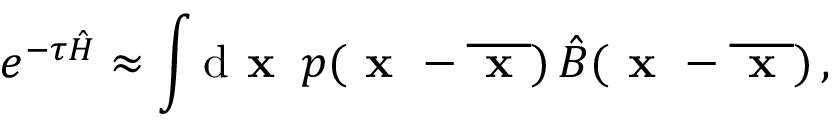
e ^ { - \tau \hat { H } } \approx \int \mathrm { d } \textbf { x } \, p ( \textbf { x } - \overline { { \textbf { x } } } ) \, \hat { B } ( \textbf { x } - \overline { { \textbf { x } } } ) \, ,